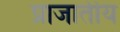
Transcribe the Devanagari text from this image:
प्राजातीय